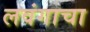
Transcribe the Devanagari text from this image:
लवंगाचा